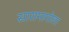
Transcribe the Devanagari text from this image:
सारामागोला